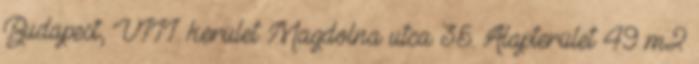
Budapest, VIII. kerület Magdolna utca 35. Alapterület 49 m2